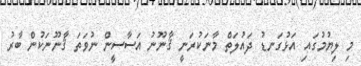
މި ލިޔުމުގައި އަޅުގަނޑު ދައުލަތް މާނަކުރަނީ ޤާނޫނު އަސާސީން ނުވަތަ ޤާނޫނަކުން ބާރު